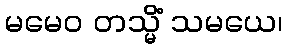
မမေဝ တသ္မိံ သမယေ၊